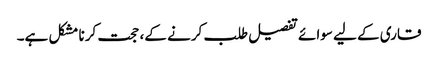
قاری کے لیے سوائے تفصیل طلب کرنے کے، حجت کرنا مشکل ہے۔